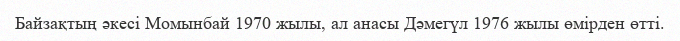
Байзақтың әкесі Момынбай 1970 жылы, ал анасы Дәмегүл 1976 жылы өмірден өтті.